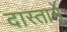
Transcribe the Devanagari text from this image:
दास्तानें